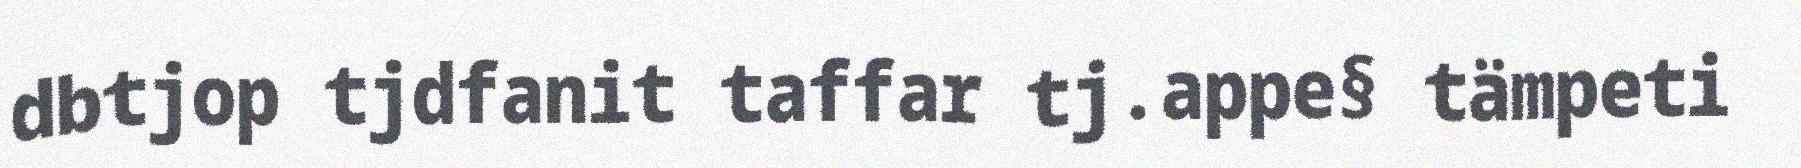
dbtjop tjdfanit taffar tj.appe§ tämpeti